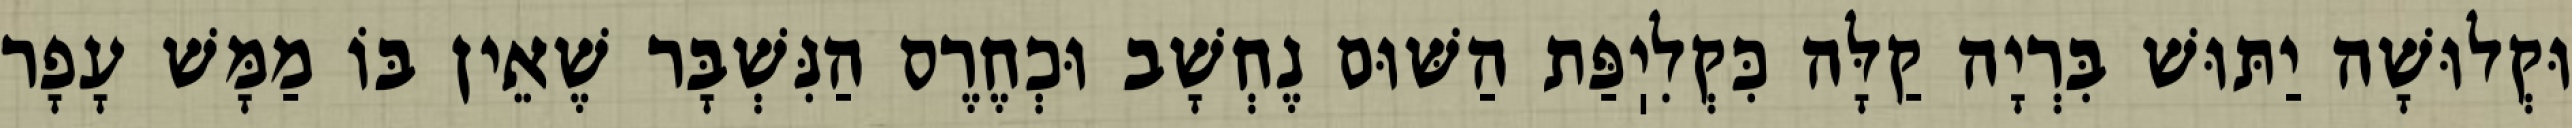
וּקְלוּשָׁה יַתּוּשׁ בִּרְיָה קַלָּה כִּקְלִיֽפַּת הַשּׁוּם נֶחְשָׁב וּכְחֶרֶס הַנִּשְׁבָּר שֶׁאֵין בּוֹ מַמָּשׁ עָפָר